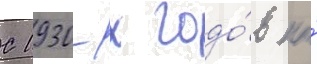
С 1930-х годо́в по́